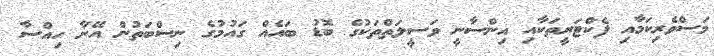
މަސްވެރިކަމާއި ފެކްޓަރީތަކާއި އިންސާނީ ވަސީލަތްތަކުގެ ބޮޑު ބައެއް ގައުމުގެ ނިސްބަތުން އޭނާ ހިއްސާ